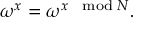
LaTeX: \omega ^ { x } = \omega ^ { x \mod N } .